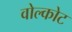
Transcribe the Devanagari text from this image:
वोल्कोट